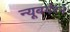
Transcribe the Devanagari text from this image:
न्यूबर्गरने